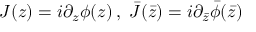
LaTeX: J ( z ) = i \partial _ { z } \phi ( z ) \, , \, \, \bar { J } ( \bar { z } ) = i \partial _ { \bar { z } } \bar { \phi } ( \bar { z } )